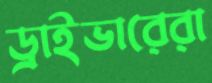
ড্রাইভারেরা